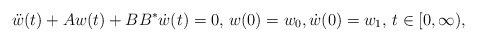
\begin{align*}\ddot{w}(t) + A w(t) + BB^* \dot{w}(t) = 0, \, w(0) = w_0, \dot{w}(0) = w_1, \, t \in [0,\infty),\end{align*}